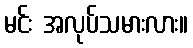
မင်း အလုပ်သမားလား။